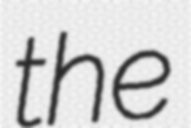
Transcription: the